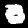
Digit: 0